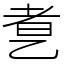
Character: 乽